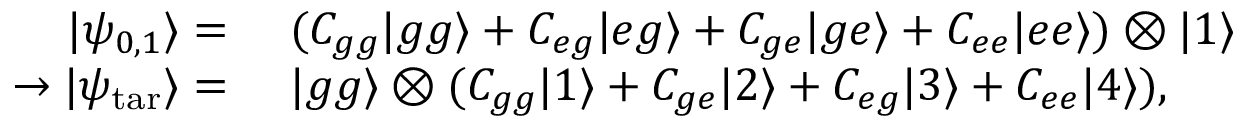
\begin{array} { r l } { | \psi _ { 0 , 1 } \rangle = } & { { } ~ ( C _ { g g } | g g \rangle + C _ { e g } | e g \rangle + C _ { g e } | g e \rangle + C _ { e e } | e e \rangle ) \otimes | 1 \rangle } \\ { \rightarrow | \psi _ { \mathrm { t a r } } \rangle = } & { { } ~ | g g \rangle \otimes ( C _ { g g } | 1 \rangle + C _ { g e } | 2 \rangle + C _ { e g } | 3 \rangle + C _ { e e } | 4 \rangle ) , } \end{array}